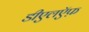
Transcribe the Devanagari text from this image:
डीएलऍफ़